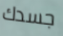
جسدك